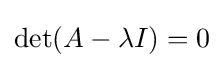
\det(A-\lambda I)=0